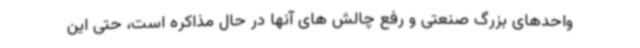
واحدهای بزرگ صنعتی و رفع چالش های آنها در حال مذاکره است، حتی این